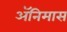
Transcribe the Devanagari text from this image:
ॲनिमास